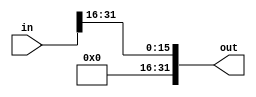
module sra16(out, in);
    input[31:0] in;
    output[31:0] out;

    assign out[31:16]=16'b0;
    assign out[15:0]={in[31],in[30],in[29],in[28],in[27],in[26],in[25],in[24],in[23],in[22],in[21],in[20],in[19],in[18],in[17],in[16]};
    

endmodule